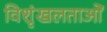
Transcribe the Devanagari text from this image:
विशृंखलताओं